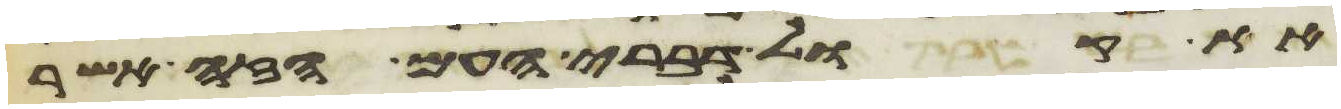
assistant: את קול דברי העם הזה אשר